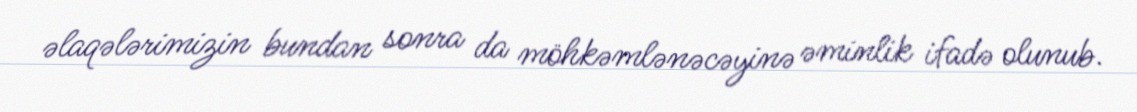
əlaqələrimizin bundan sonra da möhkəmlənəcəyinə əminlik ifadə olunub.